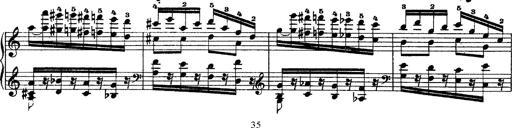
Title: Grandes Ã©tudes de Paganini
Composer: Franz Liszt